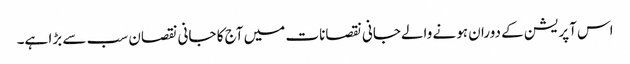
اس آپریشن کے دوران ہونے والےجانی نقصانات میں آج کا جانی نقصان سب سے بڑا ہے۔